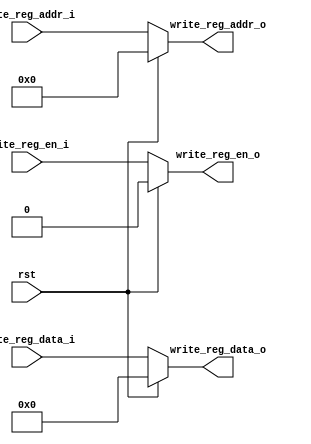
module mem(
    input wire rst,
    input wire write_reg_en_i,
    input wire [4:0] write_reg_addr_i,
    input wire [31:0] write_reg_data_i,
    
    output reg write_reg_en_o,
    output reg [4:0] write_reg_addr_o,
    output reg [31:0] write_reg_data_o
);
    always @ (*)begin
        if(rst == 1'b1) begin
            write_reg_en_o <= 1'b0;
            write_reg_addr_o <= 5'b00000;
            write_reg_data_o <= 32'h00000000;
        end else begin
            write_reg_en_o <= write_reg_en_i;
            write_reg_addr_o <= write_reg_addr_i;
            write_reg_data_o <= write_reg_data_i;
        end
    end
endmodule